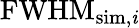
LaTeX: \textrm{FWHM}_{\textrm{sim,\textit{i}}}